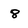
Character: 8